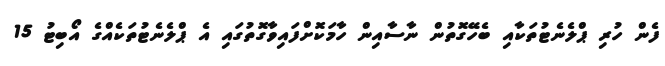
ފެން ހުރި ޕްލެނެޓުތަކާއި ބެހޭގޮތުން ނާސާއިން ހާމަކޮށްފައިވާގޮތުގައި އެ ޕްލެނެޓުތަކެއްގެ އޯބިޓު 15